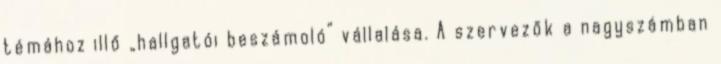
témához illő „hallgatói beszámoló” vállalása. A szervezők a nagyszámban